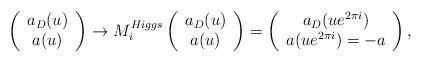
LaTeX: \begin{align*}\left( \begin{array}{c} a_{D}(u) \\ a(u) \end{array} \right)\rightarrow M_{i}^{Higgs} \left( \begin{array}{c} a_{D}(u) \\ a(u) \end{array}\right) = \left( \begin{array}{c} a_{D}(u e^{2 \pi i}) \\ a(ue^{2 \pi i})=-a \end{array} \right),\end{align*}